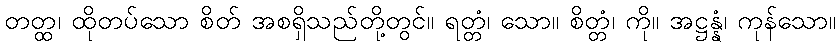
တတ္ထ၊ ထိုတပ်သော စိတ် အစရှိသည်တို့တွင်။ ရတ္တံ၊ သော။ စိတ္တံ၊ ကို။ အဋ္ဌန္နံ၊ ကုန်သော။